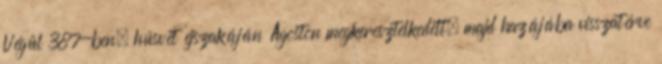
Végül 387-ben, húsvét éjszakáján Ágoston megkeresztelkedett, majd hazájába visszatérve